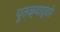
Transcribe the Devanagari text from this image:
पुतळ्याद्वारे